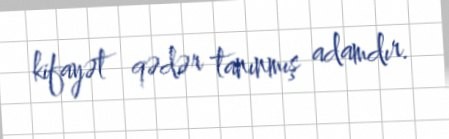
kifayət qədər tanınmış adamdır.